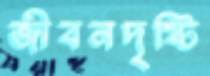
জীবনদৃষ্টি